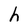
Character: h